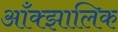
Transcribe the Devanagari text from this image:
आँक्झालिक